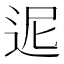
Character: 迡